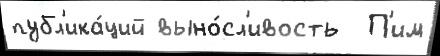
публ'ика́ций выно́сл'ивость  П'им